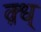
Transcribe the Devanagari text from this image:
क़्ध्